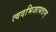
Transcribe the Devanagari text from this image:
त्वदभिजायताम्